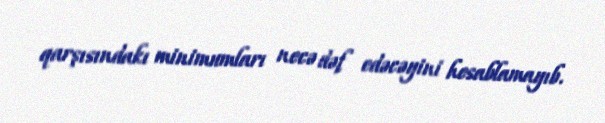
qarşısındakı minimumları necə dəf edəcəyini hesablamayıb.